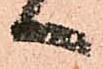
へ